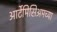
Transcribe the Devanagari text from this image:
आर्टेमिसिअमच्या